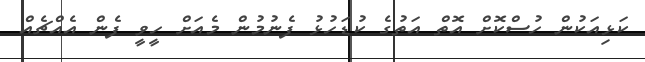
ކަޅިއަކުން ހުސްކޮށް އޮތް އަތުގެ ކުޑަހުޅު ފެނުމުން މެއަށް ހީވީ ފެން އެއްޗެއް